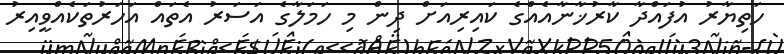
ހަތިޔާރު އުފައްދާ ކާރުޚާނާއެއްގެ ކައިރިއަށް ދިން މި ހަމަލާގެ އަސަރު އެތައް އަހަރުތަކެއްވީއިރު